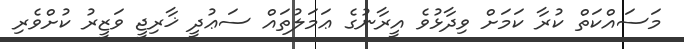
މަސައްކަތް ކުރާ ކަމަށް ވިދާޅުވެ އީރާނުގެ ޢަމަލުތައް ސަޢުދީ ޚާރިޖީ ވަޒީރު ކުށްވެރި